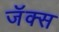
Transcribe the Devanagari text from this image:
जॅक्स